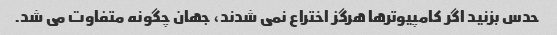
حدس بزنید اگر کامپیوترها هرگز اختراع نمی شدند، جهان چگونه متفاوت می شد.